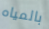
بالمياه